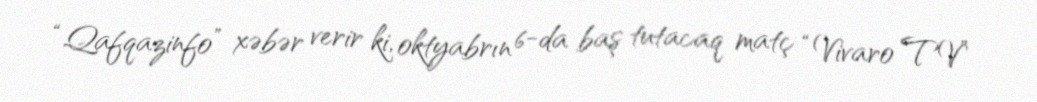
“Qafqazinfo” xəbər verir ki, oktyabrın 6-da baş tutacaq matç “Vivaro TV”